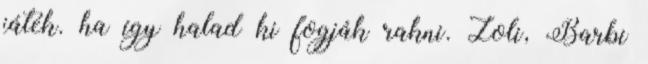
játék. ha így halad ki fogják rakni. Zoli, Barbi